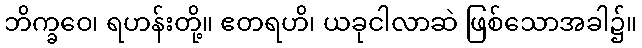
ဘိက္ခဝေ၊ ရဟန်းတို့။ ဧတရဟိ၊ ယခုငါလာဆဲ ဖြစ်သောအခါ၌။